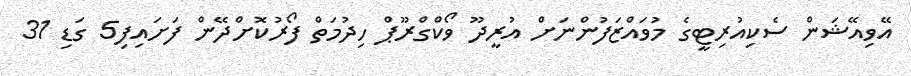
އޭވިއޭޝަން ސެކިއުރިޓީގެ މުވައްޒަފުންނަށް އުރީދޫ ވޯކްގްރޫޕް ހިދުމަތް ފޯރުކޮށްދޭން ފަށައިފި5 ގަޑި 31